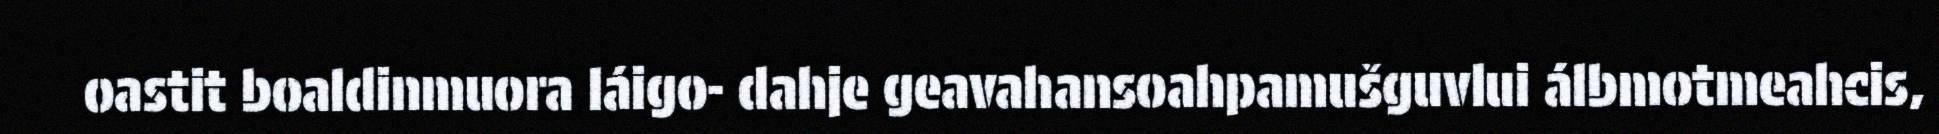
oastit boaldinmuora láigo- dahje geavahansoahpamušguvlui álbmotmeahcis,